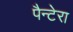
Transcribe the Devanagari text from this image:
पैन्टेरा